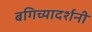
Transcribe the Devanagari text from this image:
बगिच्यादर्शनी